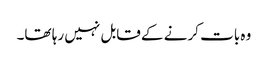
وہ بات کرنے کے قابل نہیں رہا تھا۔